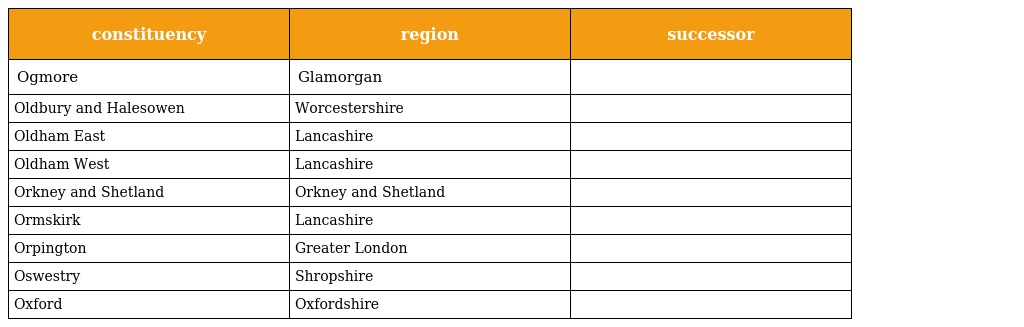
| constituency | region | successor |
 | --- | --- | --- |
 | Ogmore | Glamorgan |  |
 | Oldbury and Halesowen | Worcestershire |  |
 | Oldham East | Lancashire |  |
 | Oldham West | Lancashire |  |
 | Orkney and Shetland | Orkney and Shetland |  |
 | Ormskirk | Lancashire |  |
 | Orpington | Greater London |  |
 | Oswestry | Shropshire |  |
 | Oxford | Oxfordshire |  |